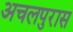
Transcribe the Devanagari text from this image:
अचलपुरास